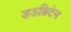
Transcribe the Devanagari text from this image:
डडब्रिटेन